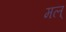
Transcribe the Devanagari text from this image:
मल्